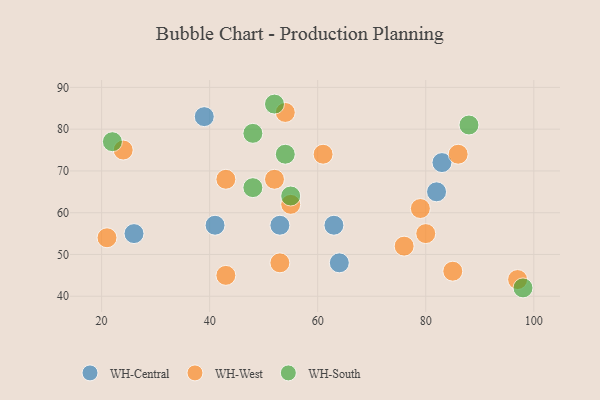
{"axis": {"x": "GDP", "y": "Life Expectancy"}, "legend": ["WH-Central", "WH-South", "WH-West"], "data": [{"x": "26", "y": 55, "type": "WH-Central"}, {"x": "39", "y": 83, "type": "WH-Central"}, {"x": "83", "y": 72, "type": "WH-Central"}, {"x": "63", "y": 57, "type": "WH-Central"}, {"x": "82", "y": 65, "type": "WH-Central"}, {"x": "53", "y": 57, "type": "WH-Central"}, {"x": "64", "y": 48, "type": "WH-Central"}, {"x": "41", "y": 57, "type": "WH-Central"}, {"x": "85", "y": 46, "type": "WH-West"}, {"x": "43", "y": 68, "type": "WH-West"}, {"x": "54", "y": 84, "type": "WH-West"}, {"x": "79", "y": 61, "type": "WH-West"}, {"x": "97", "y": 44, "type": "WH-West"}, {"x": "55", "y": 62, "type": "WH-West"}, {"x": "61", "y": 74, "type": "WH-West"}, {"x": "52", "y": 68, "type": "WH-West"}, {"x": "53", "y": 48, "type": "WH-West"}, {"x": "76", "y": 52, "type": "WH-West"}, {"x": "80", "y": 55, "type": "WH-West"}, {"x": "86", "y": 74, "type": "WH-West"}, {"x": "21", "y": 54, "type": "WH-West"}, {"x": "43", "y": 45, "type": "WH-West"}, {"x": "24", "y": 75, "type": "WH-West"}, {"x": "54", "y": 74, "type": "WH-South"}, {"x": "22", "y": 77, "type": "WH-South"}, {"x": "55", "y": 64, "type": "WH-South"}, {"x": "98", "y": 42, "type": "WH-South"}, {"x": "48", "y": 79, "type": "WH-South"}, {"x": "52", "y": 86, "type": "WH-South"}, {"x": "88", "y": 81, "type": "WH-South"}, {"x": "48", "y": 66, "type": "WH-South"}]}